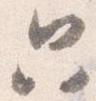
只